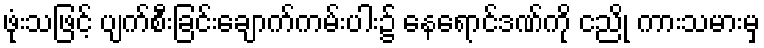
ဖုံးသဖြင့် ပျက်စီးခြင်းချောက်ကမ်းပါး၌ နေရောင်ဒဏ်ကို ငညို ကားသမားမှ